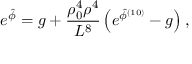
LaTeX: { e ^ { \hat { \phi } } = g + { \frac { \rho _ { 0 } ^ { 4 } \rho ^ { 4 } } { L ^ { 8 } } } \left( e ^ { \hat { \phi } ^ { ( 1 0 ) } } - g \right) , }